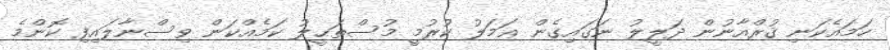
ހަމައެކަނި ޤުރްއާނުން ދަލީލު ނަގައިގެން ޢަމަލު ކުރުމީ މުސްތަޙީލު ކަމެއްކަން ވިސްނާލައިފި ކޮންމެ